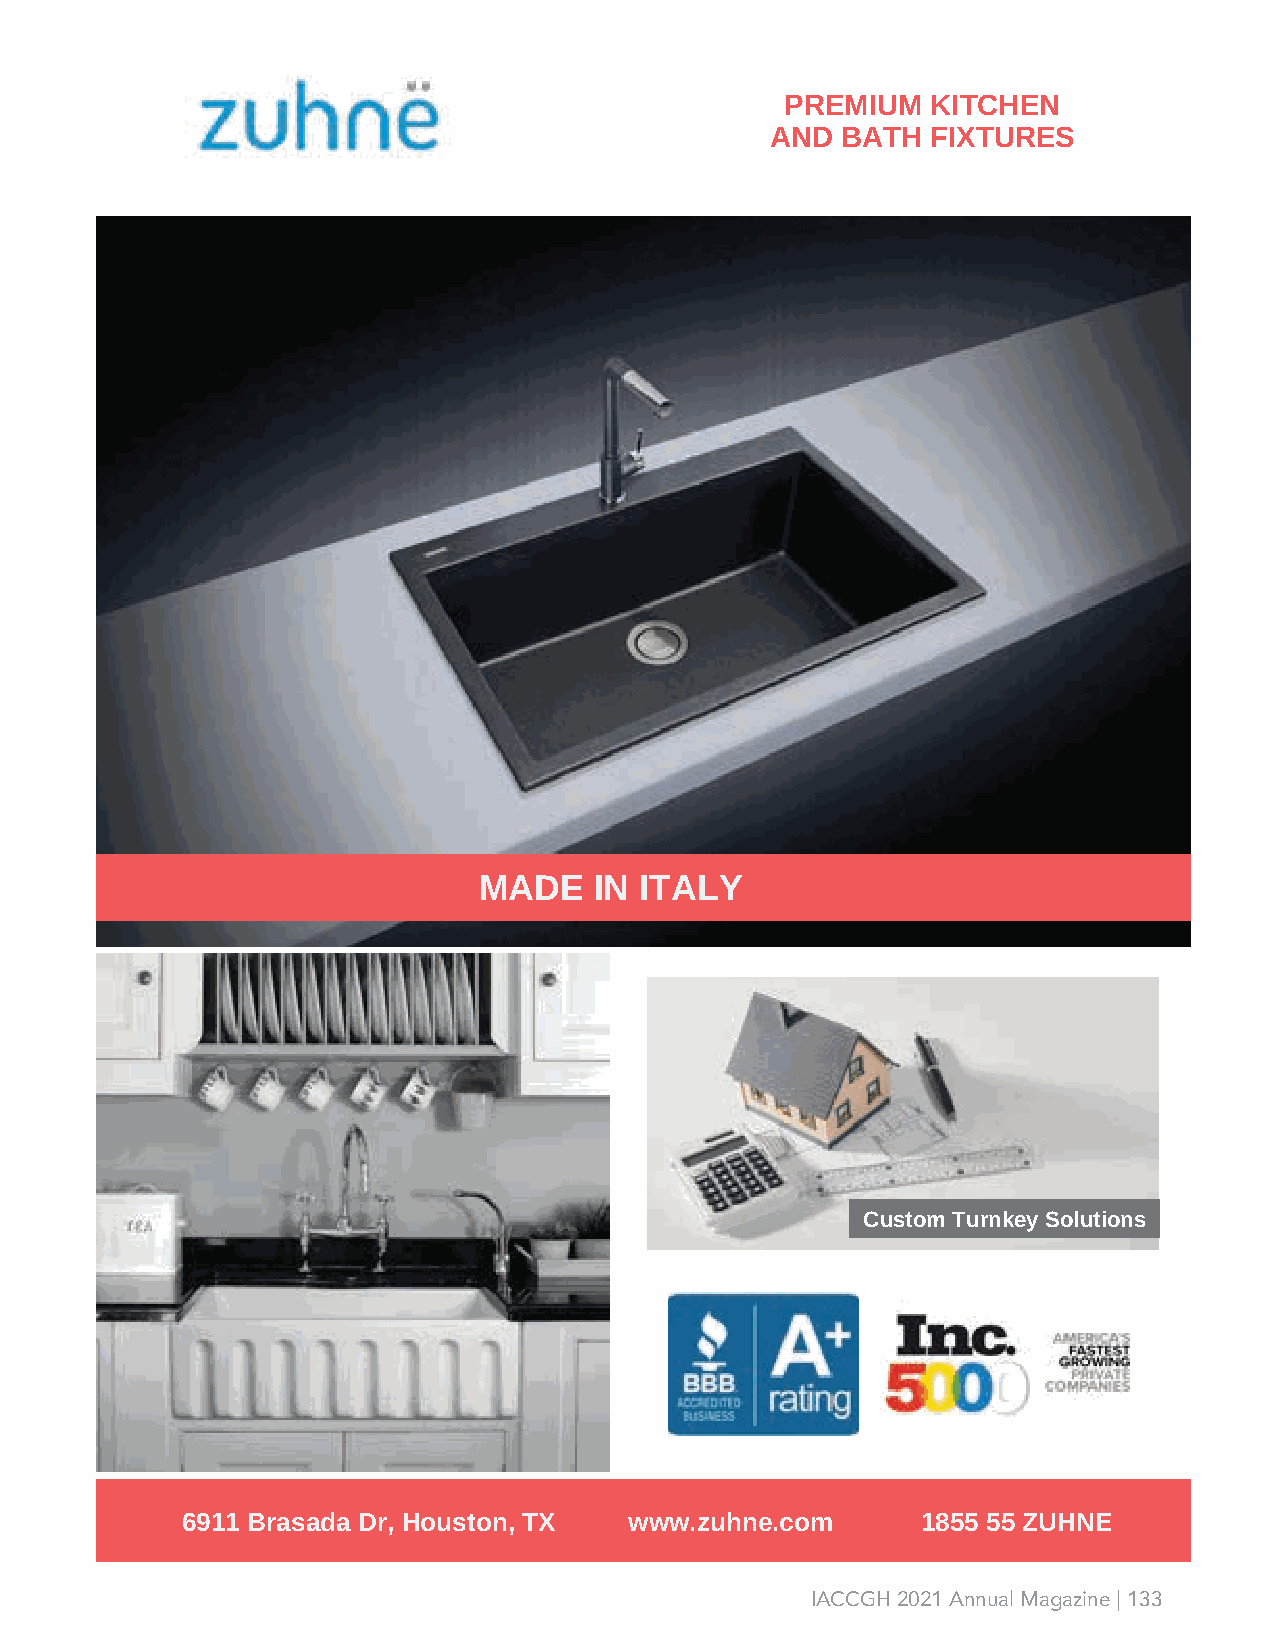
PREMIUM   KITCHEN
 AND  BATH  FIXTURES
 MADE   IN ITALY
 Custom Turnkey Solutions
 6911 Brasada Dr, Houston, TX  www.zuhne.com      1855 55 ZUHNE
 IACCGH 2021 Annual Magazine | 133